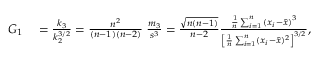
\begin{array} { r l } { G _ { 1 } } & { { } = { \frac { k _ { 3 } } { k _ { 2 } ^ { 3 / 2 } } } = { \frac { n ^ { 2 } } { ( n - 1 ) ( n - 2 ) } } \; { \frac { m _ { 3 } } { s ^ { 3 } } } = { \frac { \sqrt { n ( n - 1 ) } } { n - 2 } } { \frac { { \frac { 1 } { n } } \sum _ { i = 1 } ^ { n } { ( x _ { i } - { \bar { x } } ) } ^ { 3 } } { \left[ { \frac { 1 } { n } } \sum _ { i = 1 } ^ { n } ( x _ { i } - { \bar { x } } ) ^ { 2 } \right] ^ { 3 / 2 } } } , } \end{array}